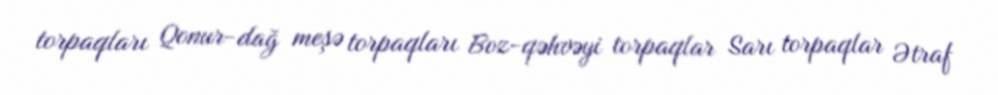
torpaqları Qonur-dağ meşə torpaqları Boz-qəhvəyi torpaqlar Sarı torpaqlar Ətraf